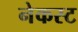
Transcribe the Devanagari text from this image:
नेकस्ट